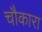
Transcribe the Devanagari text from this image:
चौकारा